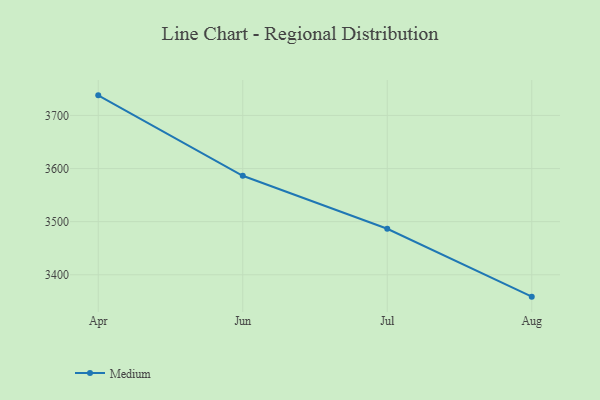
{"axis": {"x": "Month", "y": "Temperature (°C)"}, "legend": ["Medium"], "data": [{"x": "Apr", "y": 3737.8, "type": "Medium"}, {"x": "Jun", "y": 3586.4, "type": "Medium"}, {"x": "Jul", "y": 3486.6, "type": "Medium"}, {"x": "Aug", "y": 3358.8, "type": "Medium"}]}